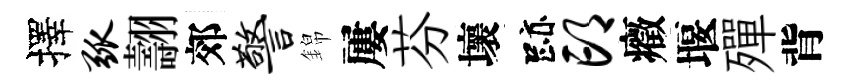
擇弧翿郊警錦屢芬壞跡邙癥堰殫背